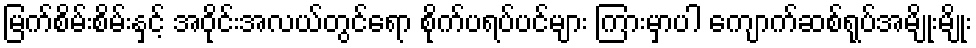
မြက်စိမ်းစိမ်းနှင့် အဝိုင်းအလယ်တွင်ရော စိုက်ပရပ်ပင်များ ကြားမှာပါ ကျောက်ဆစ်ရုပ်အမျိုးမျိုး